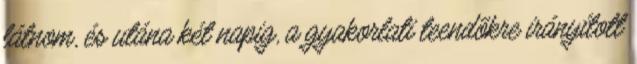
látnom, és utána két napig, a gyakorlati teendõkre irányított